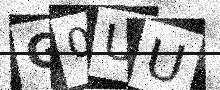
Text: G0UU